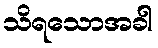
သိရသောအခါ